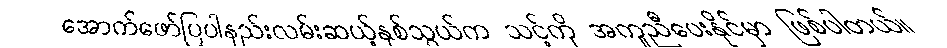
အောက်ဖော်ပြပါနည်းလမ်းဆယ့်နှစ်သွယ်က သင့်ကို အကူညီပေးနိုင်မှာ ဖြစ်ပါတယ်။